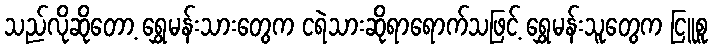
သည်လိုဆိုတော့ ရွှေမန်းသားတွေက ငရဲသားဆိုရာရောက်သဖြင့် ရွှေမန်းသူတွေက ငြူစူ